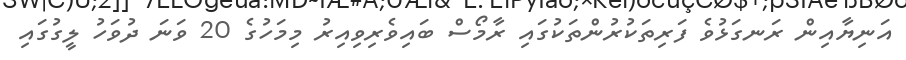
އަނިޔާއިން ރަނގަޅުވެ ފަރިތަކުރުންތަކުގައި ރާމޯސް ބައިވެރިވިއިރު މިމަހުގެ 20 ވަނަ ދުވަހު ލީގުގައި